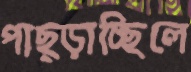
পাছ্‌ড়াচ্ছিলে